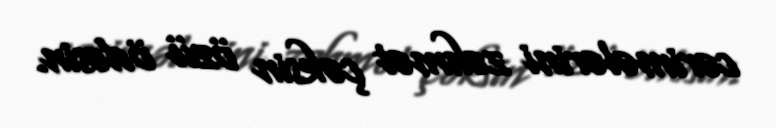
cərimələrini zəhmət çəksin özü ödəsin.